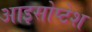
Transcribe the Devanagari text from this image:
आइसोप्टेश